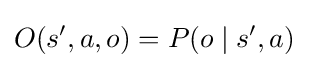
O(s',a,o)=P(o\mid s',a)